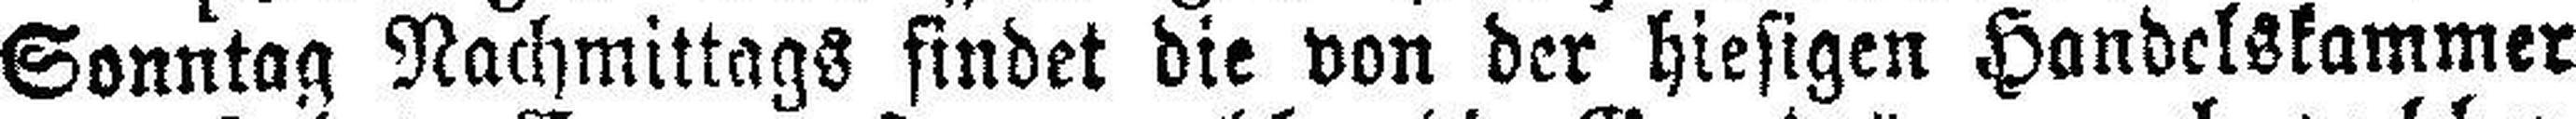
Sonntag Nachmittags findet die von der hiesigen Handelskammer